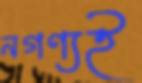
নগণ্যই